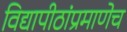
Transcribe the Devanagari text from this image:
विद्यापीठांप्रमाणेच